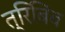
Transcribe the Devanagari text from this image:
त्रिबिंब